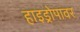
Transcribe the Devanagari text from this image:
हाइड्रोपावर